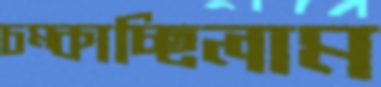
চম্‌কাচ্ছিলাম